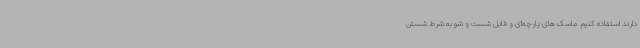
دارند استفاده کنیم. ماسک های پارچه‌ای و قابل شست و شو به شرط شستن